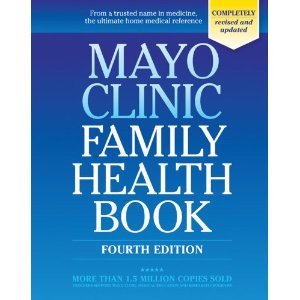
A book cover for Mayo Clinic Family Health Book 4th (Fourth) Edition BYClinic; Clinic; Health, Fitness & Dieting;